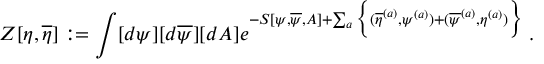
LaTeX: Z [ \eta , \overline { { { \eta } } } ] : = \int [ d \psi ] [ d \overline { { { \psi } } } ] [ d A ] e ^ { - S [ \psi , \overline { { { \psi } } } , A ] + \sum _ { a } \Big \{ ( \overline { { { \eta } } } ^ { ( a ) } , \psi ^ { ( a ) } ) + ( \overline { { { \psi } } } ^ { ( a ) } , \eta ^ { ( a ) } ) \Big \} } \; .